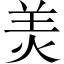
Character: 羙